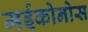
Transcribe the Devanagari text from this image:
मईकोनोस